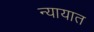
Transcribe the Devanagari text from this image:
न्यायात